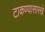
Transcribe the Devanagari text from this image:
टाकण्यासारखे